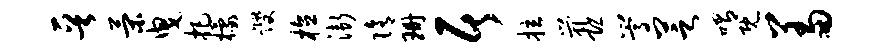
晋策曳把檬躞植渐隋珊居拉茕恐嵩芝喟既羞